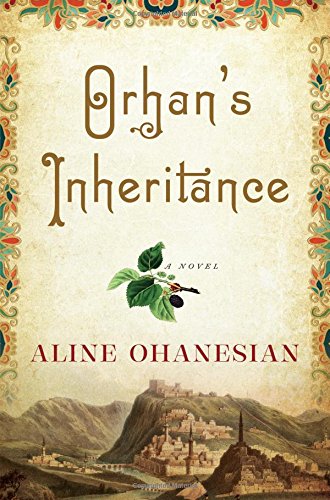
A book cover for Orhan's Inheritance; Aline Ohanesian; Literature & Fiction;